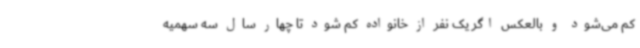
کم می‌شود و بالعکس اگر یک نفر از خانواده کم شود تا چهار سال سه سهمیه